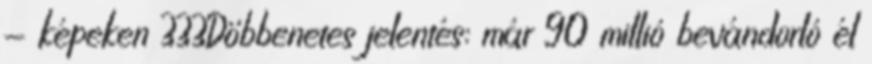
- képeken 333Döbbenetes jelentés: már 90 millió bevándorló él